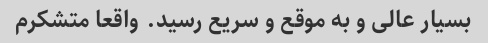
بسیار عالی و به موقع و سریع رسید. واقعا متشکرم